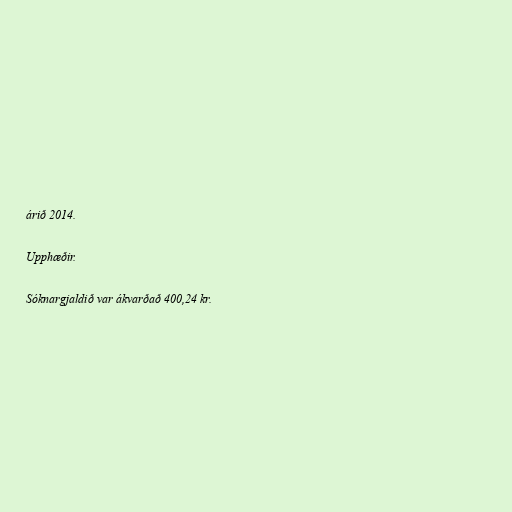
árið 2014.

Upphæðir.

Sóknargjaldið var ákvarðað 400,24 kr.